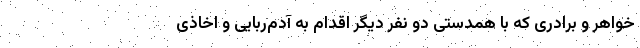
خواهر و برادری که با همدستی دو نفر دیگر اقدام به آدم‌ربایی و اخاذی